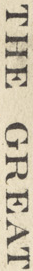
THE GREAT